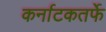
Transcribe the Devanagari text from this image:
कर्नाटकतर्फे